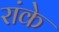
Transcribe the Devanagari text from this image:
रांके